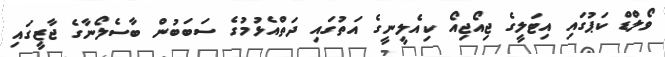
ވޯލްޑް ކަޕުގައި އިޓަލީގެ ޖިއޯޖިއޯ ކިއެލީނީގެ އަތުގައި ދަތްއެޅުމުގެ ސަބަބުން ބާސެލޯނާގެ ޖާޒީގައި